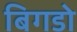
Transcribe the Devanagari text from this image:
बिगडो